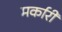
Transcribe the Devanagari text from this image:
मर्कारी